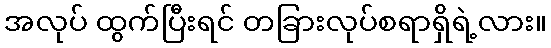
အလုပ် ထွက်ပြီးရင် တခြားလုပ်စရာရှိရဲ့လား။